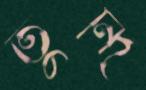
তুন্দি